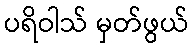
ပရိဝါသ် မှတ်ဖွယ်